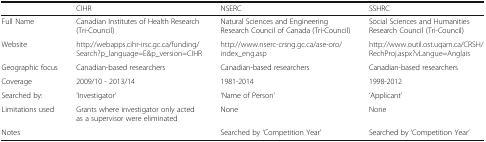
<table><thead><tr><td></td><td><b>CIHR</b></td><td><b>NSERC</b></td><td><b>SSHRC</b></td></tr></thead><tbody><tr><td>Full Name</td><td>Canadian Institutes of Health Research (Tri-Council)</td><td>Natural Sciences and Engineering Research Council of Canada (Tri-Council)</td><td>Social Sciences and Humanities Research Council (Tri-Council)</td></tr><tr><td>Website</td><td>http://webapps.cihr-irsc.gc.ca/funding/Search?p_language=E&amp;p_version=CIHR</td><td>http://www.nserc-crsng.gc.ca/ase-oro/index_eng.asp</td><td>http://www.outil.ost.uqam.ca/CRSH/RechProj.aspx?vLangue=Anglais</td></tr><tr><td>Geographic focus</td><td>Canadian-based researchers</td><td>Canadian-based researchers</td><td>Canadian-based researchers</td></tr><tr><td>Coverage</td><td>2009/10 - 2013/14</td><td>1981-2014</td><td>1998-2012</td></tr><tr><td>Searched by:</td><td>‘Investigator’</td><td>‘Name of Person’</td><td>‘Applicant’</td></tr><tr><td>Limitations used</td><td>Grants where investigator only acted as a supervisor were eliminated</td><td>None</td><td>None</td></tr><tr><td>Notes</td><td></td><td>Searched by ‘Competition Year’</td><td>Searched by ‘Competition Year’</td></tr></tbody></table>